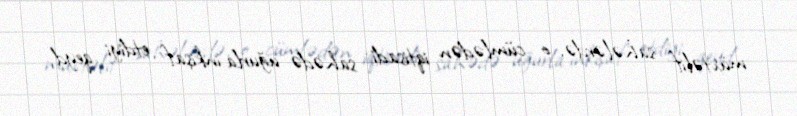
müxtəlif sahələrdə, o cümlədən iqtisadi sahədə uğurla inkişaf etdiyi qeyd